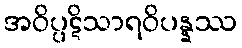
အဝိပ္ပဋိသာရဝိပန္နဿ